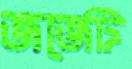
জর্জেট